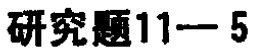
研究题11—5